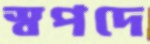
স্বপদে